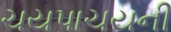
ચયપાચયની